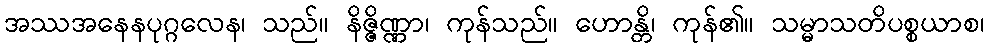
အဿအနေနပုဂ္ဂလေန၊ သည်။ နိဇ္ဇိဏ္ဏာ၊ ကုန်သည်။ ဟောန္တိ၊ ကုန်၏။ သမ္မာသတိပစ္စယာစ၊